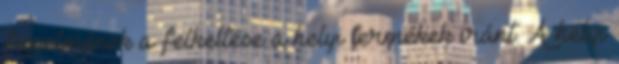
figyelmének a felkeltése a helyi termékek iránt. A helyi